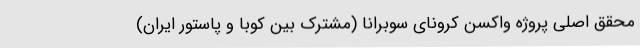
محقق اصلی پروژه واکسن کرونای سوبرانا (مشترک بین کوبا و پاستور ایران)